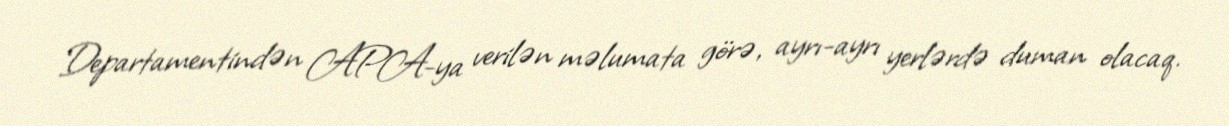
Departamentindən APA-ya verilən məlumata görə, ayrı-ayrı yerlərdə duman olacaq.